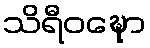
သိရီဝဍ္ဎော